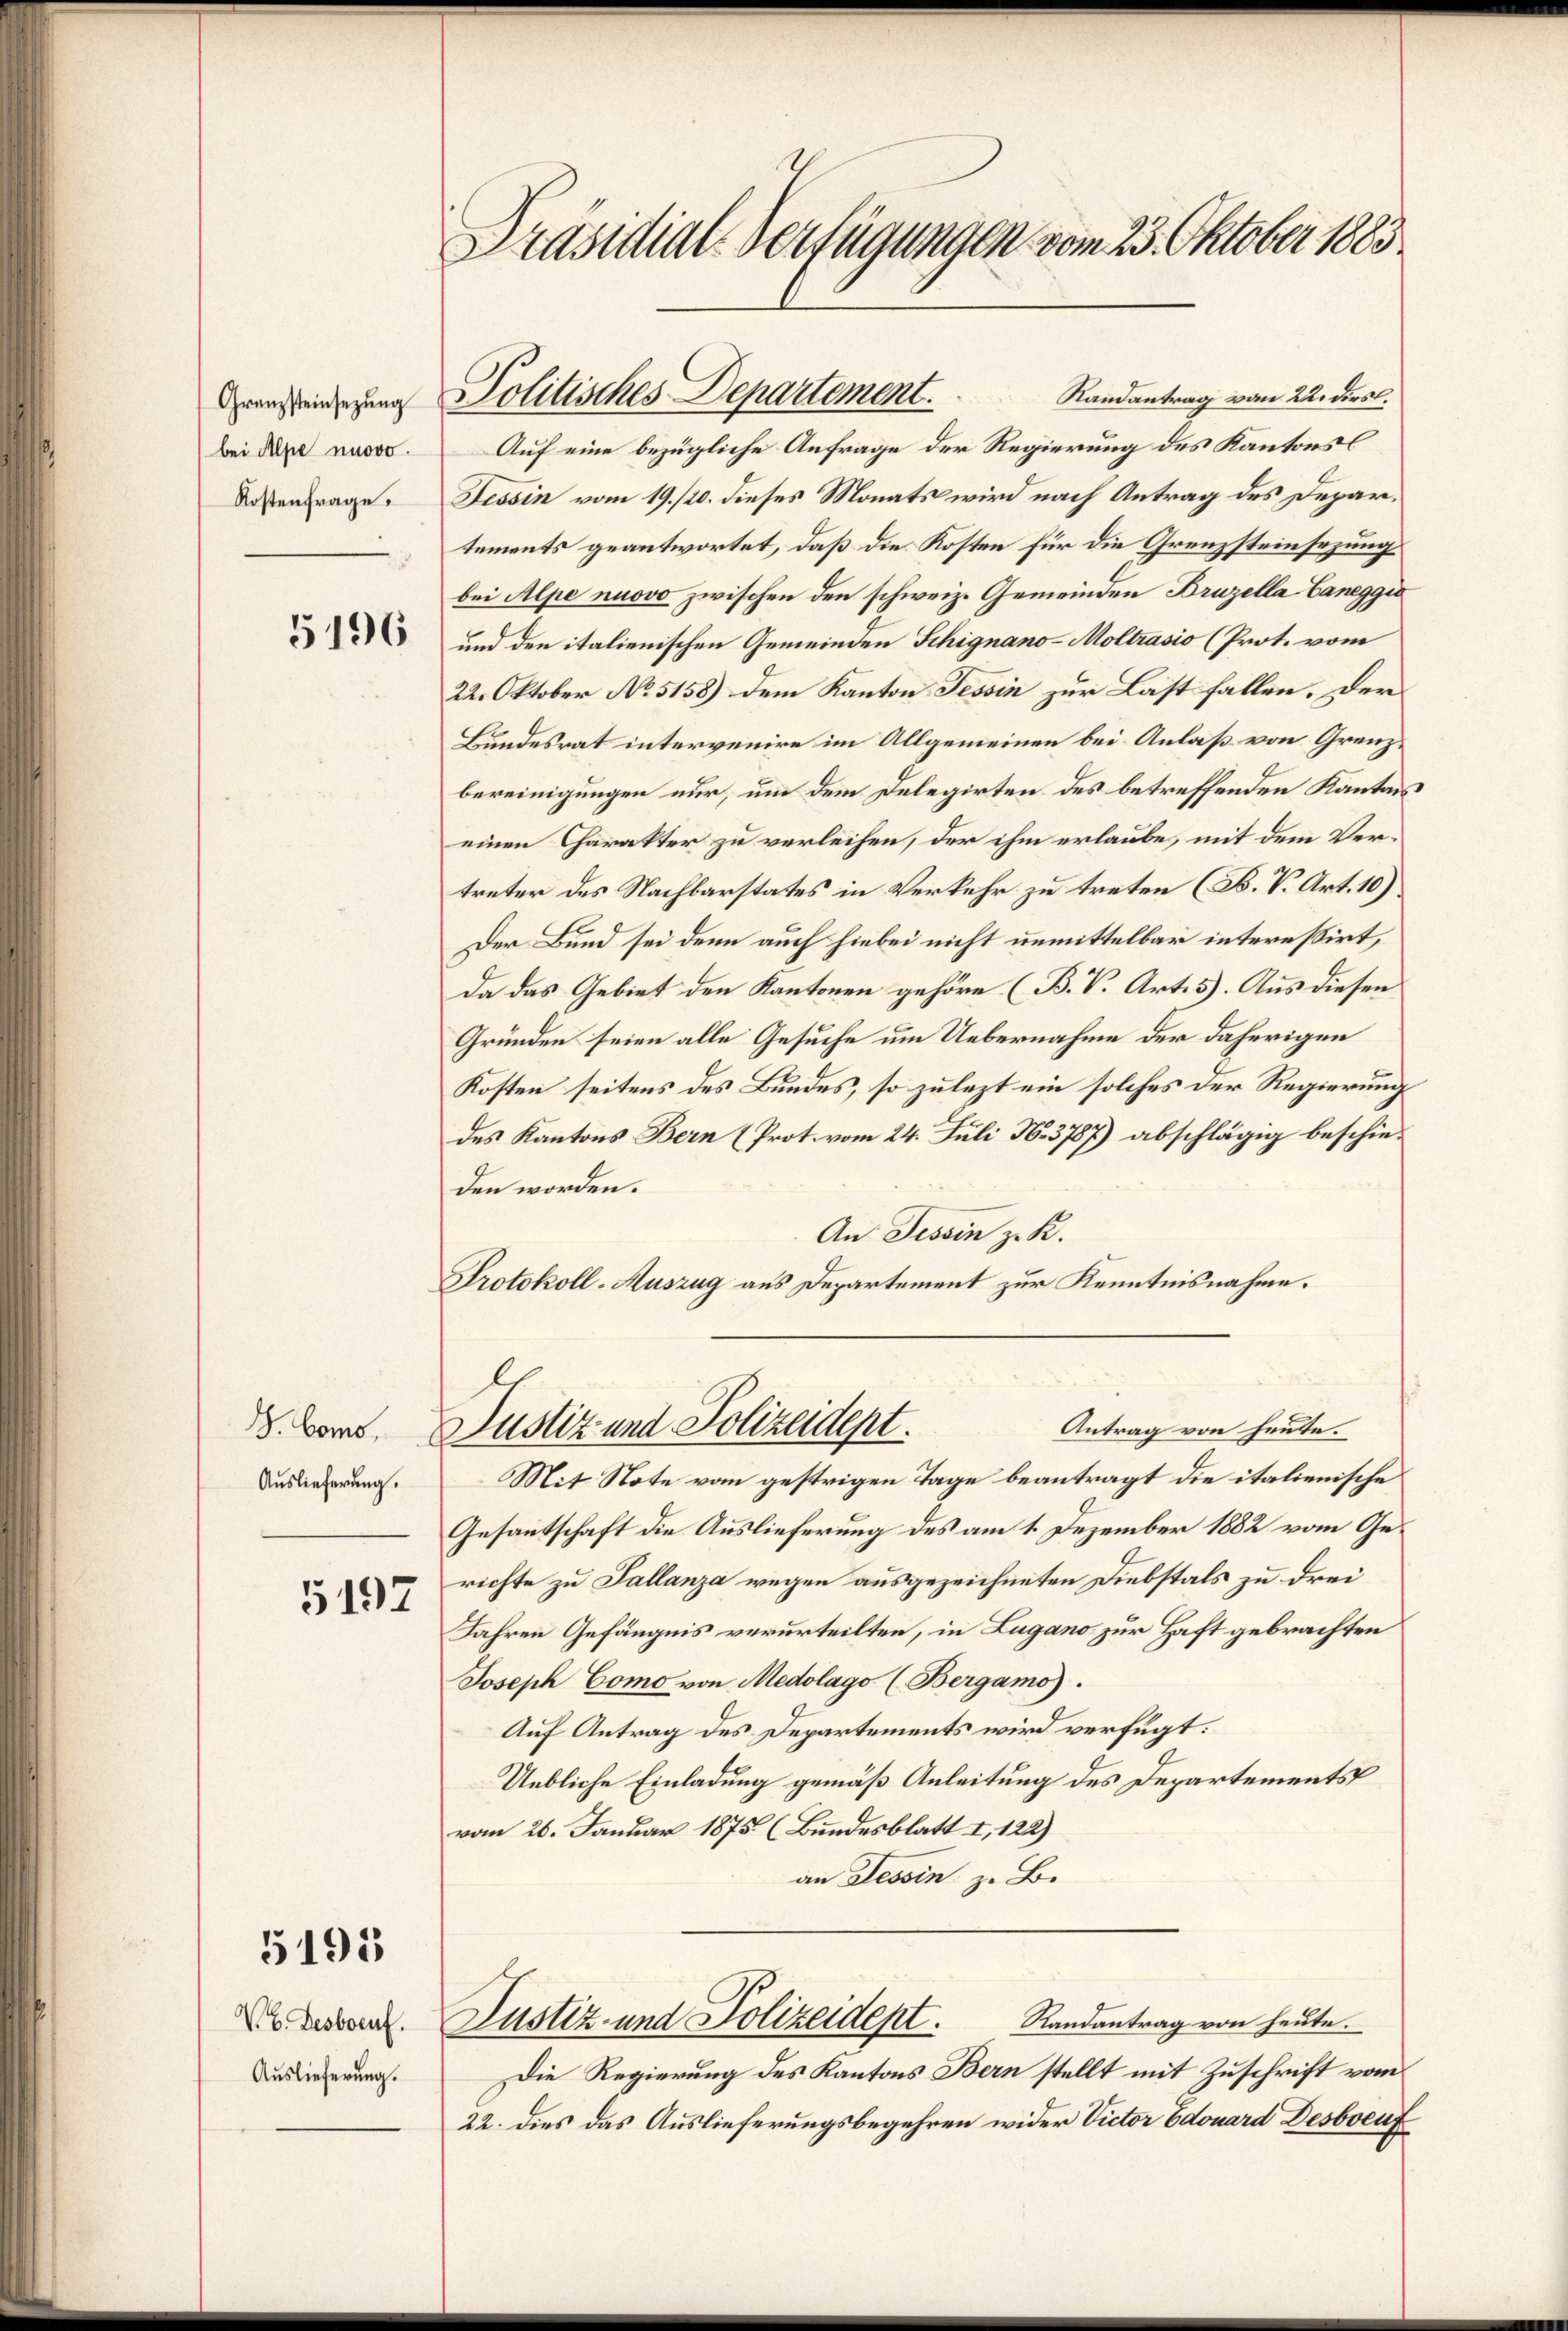
Grenzsteinsezung
bei Alpe nuovo.
Kostenfrage

5196

Auslieferung.

5197

5195

V. b. Desboenf.
Auslieferung.

Präsidial-Verfügungen vom 23. Oktober 1883.

Auf eine bezügliche Anfrage der Regierung des Kantonsl
Tessin vom 19. /20. dieses Monats wird nach Antrag des Departements geantwortet, daß die Kosten für die Grenzsteinsezung
bei Alpe nuovo zwischen den schweiz. Gemeinden Bruzella Caneggis
und den italienischen Gemeinden Schignano-Moltrasio (Prot. vom
22. Oktober No 5158) dem Kanton Tessin zur Last fallen. Der
Bundesrat intervenire im Allgemeinen bei Anlaß von Grenzbereinigungen nur, um dem Delegirten des betreffenden Kantons
einen Charakter zu verleihen, der ihm erlaube, mit dem Vertreter des Nachbarstates in Verkehr zu treten (B. V. Art. 10)
Der Bund sei denn auch hiebei nicht unmittelbar interessirt,
Da das Gebiet den Kantonen gehöre (B. V. Art. 5). Aus diesen
Gründen seien alle Gesuche um Uebernahme der daherigen
Kosten seitens des Bundes, so zulezt ein solches der Regierung
des Kantons Bern (Prot. vom 24. Juli N. 3787) abschlägig beschieden worden.
An Tessin z. B.
Protokoll-Auszug aus Departement zur Kenntnisnahme.

Politisches Departement.  ..               Randantrag vom 22. ders.

Antrag von heute.
V. Bart. Justiz und Polizeident.

Justiz- und Polizeidept. Randantrag von heute.

Mit Note vom gestrigen Tage beantragt die italienische
Gesantschaft die Auslieferung des am 1. Dezember 1882 vom Gerichte zu Tallanza wegen ausgezeichneten Diebstals zu drei
Jahren Gefängnis verurteilten, in Lugano zur Haft gebrachten
Joseph Como von Medolago (Bergamo).
Auf Antrag des Departements wird verfügt:
Uebliche Einladung gemäß Anleitung des Departements
vom 26. Januar 1875 (Bundesblatt I, 122)
an Tessin z. B.

Die Regierung des Kantons Bern stellt mit Zuschrift vom
22. dies das Auslieferungsbegehren wider Victor Edouard Desboeuf